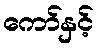
ကော်နှင့်